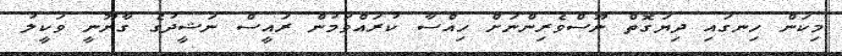
މިކަން ހިނގައި ދިޔަގޮތް ނޫސްވެރިންނަށް ހިއްސާ ކުރައްވަމުން ރައީސް ނަޝީދުގެ ގާނޫނީ ވަކީލު